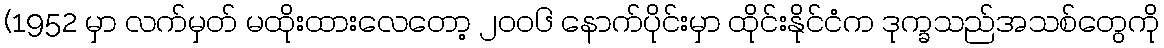
(1952 မှာ လက်မှတ် မထိုးထားလေတော့ ၂၀၀၆ နောက်ပိုင်းမှာ ထိုင်းနိုင်ငံက ဒုက္ခသည်အသစ်တွေကို